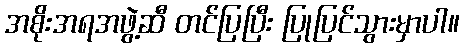
အစိုးအရအဖွဲ့ဆီ တင်ပြပြီး ပြုပြင်သွားမှာပါ။